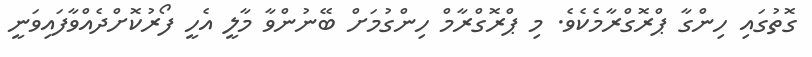
ގޮތުގައި ހިންގާ ޕްރޮގްރާމެކެވެ. މި ޕްރޮގްރާމް ހިންގުމަށް ބޭނުންވާ މާލީ އެހީ ފޯރުކޮށްދެއްވާފައިވަނީ